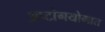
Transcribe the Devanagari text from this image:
अष्टांगयोगात